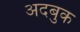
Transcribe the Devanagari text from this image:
अदबुक